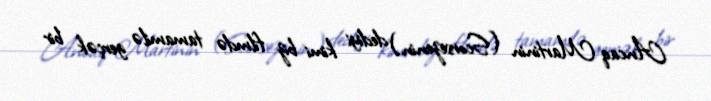
Ancaq Martinin (Scorsezenin) dediyi kimi biz filmdə tamamilə gerçək bir